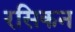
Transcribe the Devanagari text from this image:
रसिकन